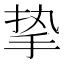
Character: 挚